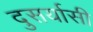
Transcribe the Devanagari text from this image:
दुसर्यासी